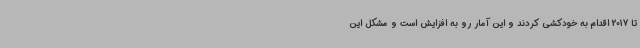
تا 2017 اقدام به خودکشی کردند و این آمار رو به افزایش است و مشکل این